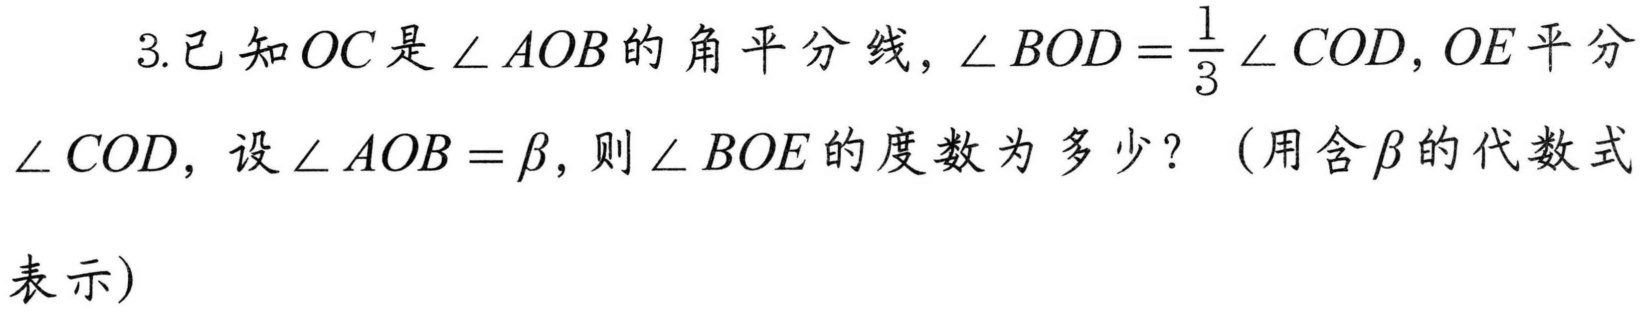
3.已知$OC$是$\angle AOB$的角平分线，$\angle BOD=\frac{1}{3}\angle COD$，$OE$平分$\angle COD$，设$\angle AOB = \beta$，则$\angle BOE$的度数为多少？（用含$\beta$的代数式表示）